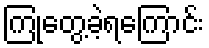
ကြုံတွေ့ခဲ့ရကြောင်း